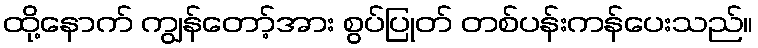
ထို့နောက် ကျွန်တော့်အား စွပ်ပြုတ် တစ်ပန်းကန်ပေးသည်။